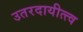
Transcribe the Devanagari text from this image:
उतरदायीत्त्व